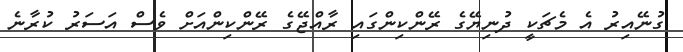
ގުނޭއިރު އެ މެޗަކީ ދުނިޔޭގެ ރޭންކިންގައި ރާއްޖޭގެ ރޭންކިންއަށް ވެސް އަސަރު ކުރާނެ